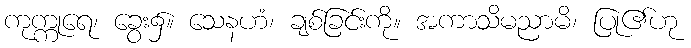
ကုက္ကုရေ၊ ခွေး၌။ သေနဟံ၊ ချစ်ခြင်းကို။ အကာသိမညာမိ၊ ပြု၏ဟု